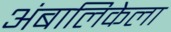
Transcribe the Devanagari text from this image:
अंबालिकेला